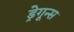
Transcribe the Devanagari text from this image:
ड्रेगून्स